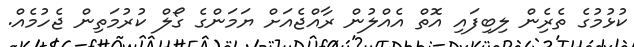
ކުޅުމުގެ ތެރެިން ލިބިފައި އޮތް އެއްލުން ރާއްޖެއަށް ޔަމަންގެ ގޯލް ކުރުމަތިން ޖެހުމެއް.